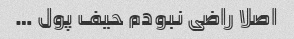
اصلا راضی‌ نبودم‌ حیف‌ پول …